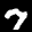
Label: 7